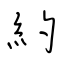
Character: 約